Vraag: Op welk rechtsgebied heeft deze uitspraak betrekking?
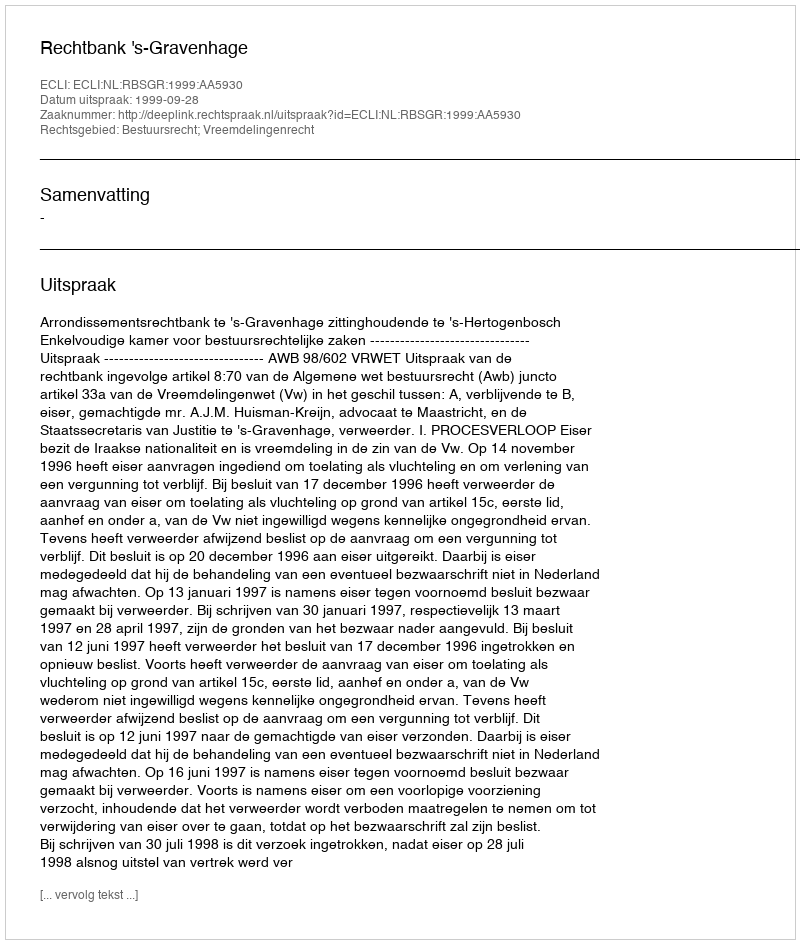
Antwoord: Bestuursrecht; Vreemdelingenrecht